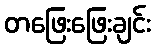
တဖြေးဖြေးချင်း